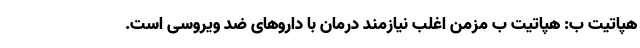
هپاتیت ب: هپاتیت ب مزمن اغلب نیازمند درمان با داروهای ضد ویروسی است.